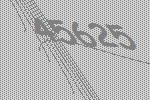
45625